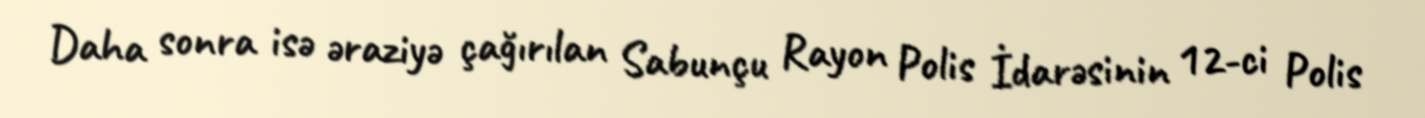
Daha sonra isə əraziyə çağırılan Sabunçu Rayon Polis İdarəsinin 12-ci Polis